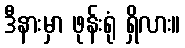
ဒီနားမှာ ဖုန်းရုံ ရှိလား။